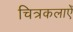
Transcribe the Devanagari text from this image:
चित्रकलाएँ